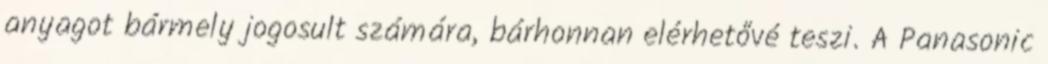
anyagot bármely jogosult számára, bárhonnan elérhetővé teszi. A Panasonic